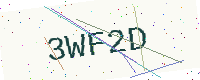
Text: 3WF2D